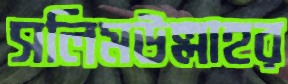
সলিমউল্লাহর